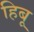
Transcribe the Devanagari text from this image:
हिबू